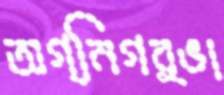
অগ্নিগর্ভা